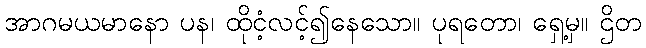
အာဂမယမာနော ပန၊ ထိုငံ့လင့်၍နေသော။ ပုရတော၊ ရှေ့မှ။ ဌိတ